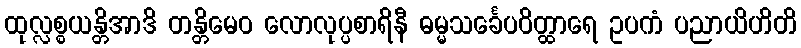
ထုလ္လစ္စယန္တိအာဒိ တန္တိမေဝ လောလုပ္ပစာရိနီ ဓမ္မသင်္ခေပဝိတ္ထာရေ ဥပကံ ပညာယိဟိတိ